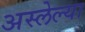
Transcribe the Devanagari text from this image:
अस्लेल्या